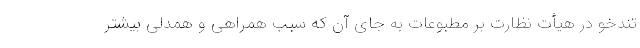
تندخو در هیأت نظارت بر مطبوعات به جای آن که سبب همراهی و همدلی بیشتر